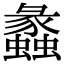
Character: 蠡